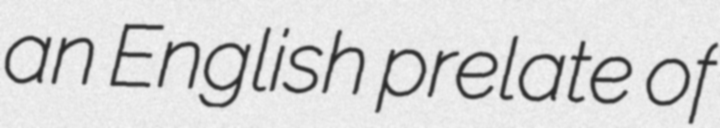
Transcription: an English prelate of